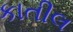
કાતીલ